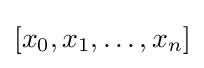
[x_{0},x_{1},\ldots ,x_{n}]